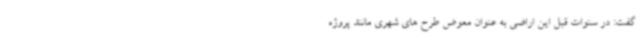
گفت: در سنوات قبل این اراضی به عنوان معوض طرح های شهری مانند پروژه